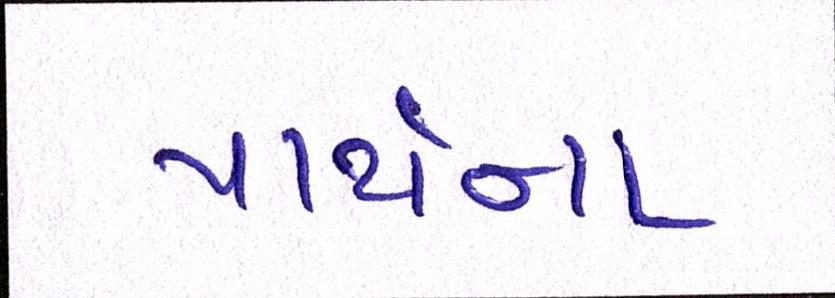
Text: પાર્થના